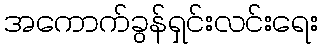
အကောက်ခွန်ရှင်းလင်းရေး